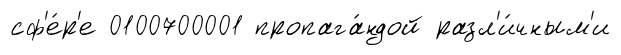
сф'е́р'е 0100700001 пропага́ндой разл'и́чным'и